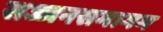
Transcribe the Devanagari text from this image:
सज्जनसमागम